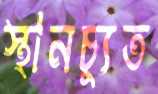
স্থানচ্যুত